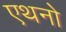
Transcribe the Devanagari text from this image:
एथनो